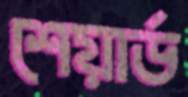
শেয়ার্ড